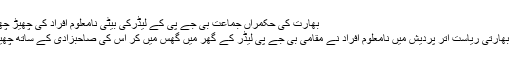
بھارت کی حکمراں جماعت بی جے پی کے لیڈرکی بیٹی نامعلوم افراد کی چھیڑ چھاڑ - World Fast News 4 U
اتر پردیش (ورلڈ فاسٹ نیوز فاریو) بھارتی ریاست اتر پردیش میں نامعلوم افراد نے مقامی بی جے پی لیڈر کے گھر میں گھس میں کر اس کی صاحبزادی کے ساتھ چھیڑ چھاڑ کی اور تشدد کا نشانہ بنایا۔